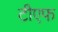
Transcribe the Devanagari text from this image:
टीएफ